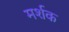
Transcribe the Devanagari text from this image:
मर्शक